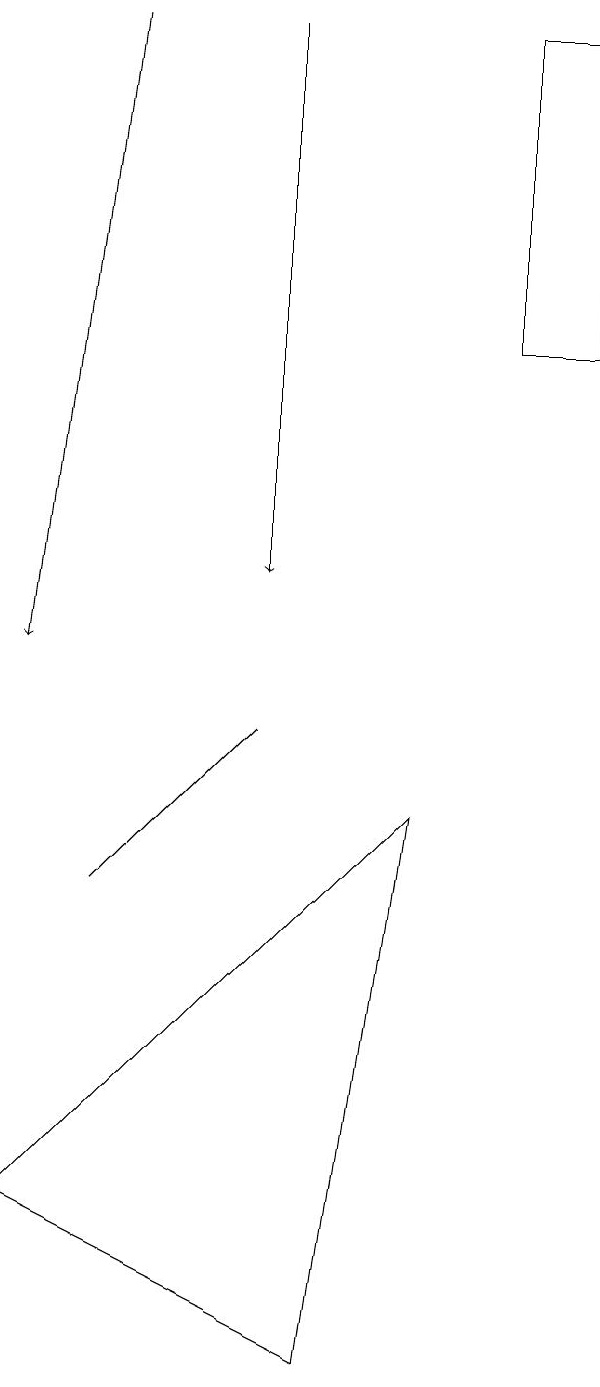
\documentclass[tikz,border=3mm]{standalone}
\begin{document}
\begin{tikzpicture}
\draw[->] (2,18) -- (1,10);
\draw (4,9) -- (2,7) -- (3,8) -- cycle;
\draw (7,18) rectangle (8,14);
\draw (6,8) -- (1,3) -- (5,1) -- cycle;
\draw[->] (4,18) -- (4,11);
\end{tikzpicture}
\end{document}